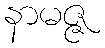
နာမဇ္ဇ